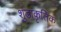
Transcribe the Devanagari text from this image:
शुंडाकृतिक